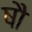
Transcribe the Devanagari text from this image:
षौ